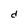
Character: d